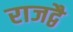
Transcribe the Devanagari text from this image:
राजद्वै